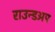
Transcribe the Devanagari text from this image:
राउन्डअप